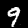
Label: 9